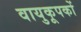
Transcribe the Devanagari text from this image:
वायुकूपकों